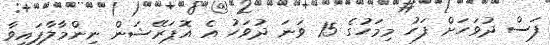
ފަސް ދުވަހަށް ފަހު މިމަހުގެ 15 ވަނަ ދުވަހު އެ އޮޕަރޭޝަން ނިންމާލާފައިވާ